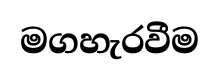
මගහැරවීම